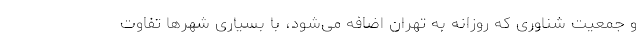
و جمعیت شناوری که روزانه به تهران اضافه می‌شود، با بسیاری شهرها تفاوت